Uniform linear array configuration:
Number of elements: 64
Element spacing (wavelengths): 0.5
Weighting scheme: uniform
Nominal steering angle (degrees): -60
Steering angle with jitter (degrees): -58.381
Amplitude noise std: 0.05
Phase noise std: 0.05

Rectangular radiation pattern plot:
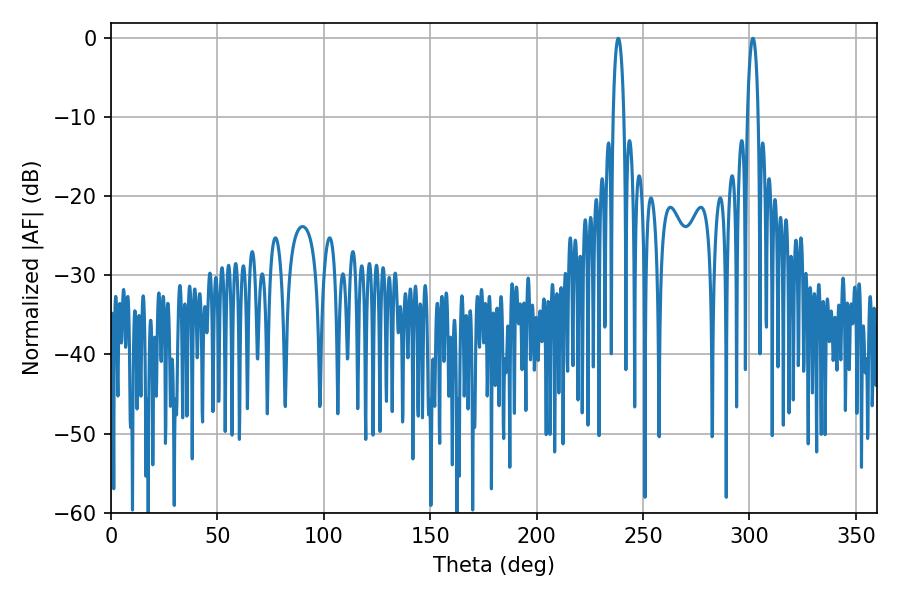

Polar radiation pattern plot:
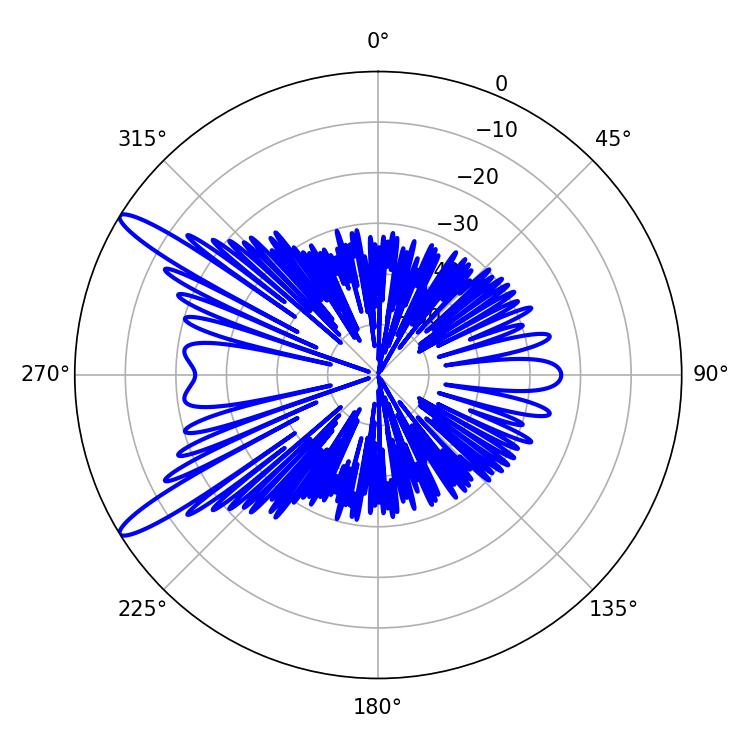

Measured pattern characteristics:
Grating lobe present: FALSE
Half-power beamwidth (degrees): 2.7
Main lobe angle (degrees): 238.32